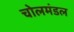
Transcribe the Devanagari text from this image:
चोलमंडल